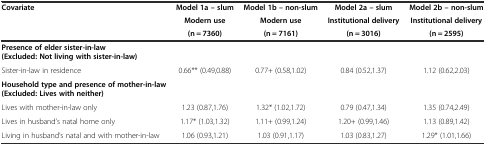
| <ROWSPAN=3> Covariate | Model 1a – slum | Model 1b – non-slum | Model 2a – slum | Model 2b – non-slum |
 | Modern use | Modern use | Institutional delivery | Institutional delivery |
 | (n = 7360) | (n = 7161) | (n = 3016) | (n = 2595) |
 | --- | --- | --- | --- | --- |
 | Presence of elder sister-in-law(Excluded: Not living with sister-in-law) |  |  |  |  |
 | Sister-in-law in residence | 0.66** (0.49,0.88) | 0.77+ (0.58,1.02) | 0.84 (0.52,1.37) | 1.12 (0.62,2.03) |
 | Household type and presence of mother-in-law(Excluded: Lives with neither) |  |  |  |  |
 | Lives with mother-in-law only | 1.23 (0.87,1.76) | 1.32* (1.02,1.72) | 0.79 (0.47,1.34) | 1.35 (0.74,2.49) |
 | Lives in husband’s natal home only | 1.17* (1.03,1.32) | 1.11+ (0.99,1.24) | 1.20+ (0.99,1.46) | 1.13 (0.89,1.42) |
 | Living in husband’s natal and with mother-in-law | 1.06 (0.93,1.21) | 1.03 (0.91,1.17) | 1.03 (0.83,1.27) | 1.29* (1.01,1.66) |